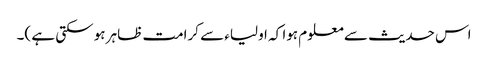
اس حدیث سے معلوم ہوا کہ اولیاء سے کرامت ظاہر ہو سکتی ہے )۔